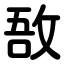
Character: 敔